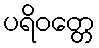
ပရိဝတ္တေ